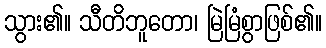
သွား၏။ သီတိဘူတော၊ မြဲမြံစွာဖြစ်၏။